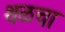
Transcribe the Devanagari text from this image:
थळचा